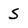
Character: 5